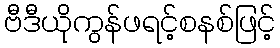
ဗီဒီယိုကွန်ဖရင့်စနစ်ဖြင့်